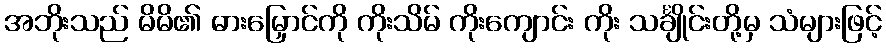
အဘိုးသည် မိမိ၏ ဓားမြှောင်ကို ကိုးသိမ် ကိုးကျောင်း ကိုး သင်္ချိုင်းတို့မှ သံများဖြင့်